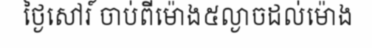
ថ្ងៃសៅរ៍ ចាប់ពីម៉ោង៥ល្ងាចដល់ម៉ោង